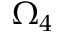
\Omega _ { 4 }